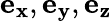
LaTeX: \mathbf{e_{x}},\mathbf{e_{y}},\mathbf{e_{z}}